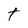
Character: t